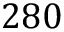
2 8 0